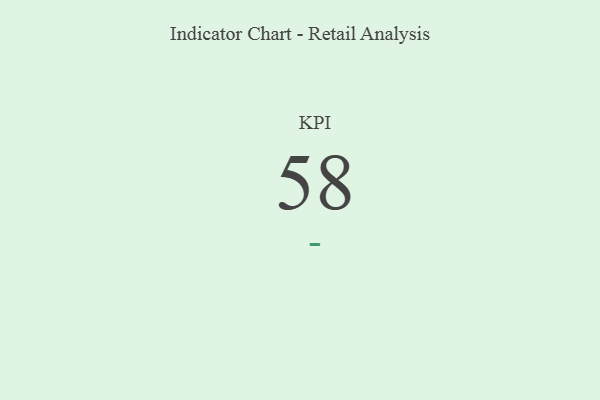
{"axis": {"x": "KPI", "y": "Value"}, "legend": [""], "data": [{"x": "KPI", "y": 58, "type": ""}]}